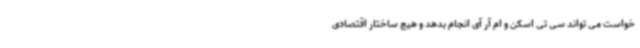
خواست می ‌تواند سی تی اسکن و ام آر آی انجام بدهد و هیچ ساختار اقتصادی